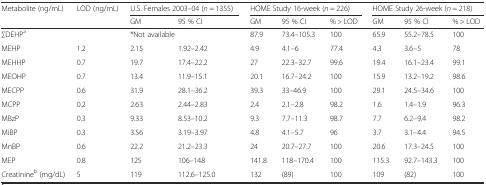
<table><thead><tr><td rowspan="2"><b>Metabolite (ng/mL)</b></td><td rowspan="2"><b>LOD (ng/mL)</b></td><td colspan="2"><b>U.S. Females 2003–04 (<i>n</i> = 1355)</b></td><td colspan="3"><b>HOME Study 16-week (<i>n</i> = 226)</b></td><td colspan="3"><b>HOME Study 26-week (<i>n</i> = 218)</b></td></tr><tr><td><b>GM</b></td><td><b>95 % CI</b></td><td><b>GM</b></td><td><b>95 % CI</b></td><td><b>% &gt; LOD</b></td><td><b>GM</b></td><td><b>95 % CI</b></td><td><b>% &gt; LOD</b></td></tr></thead><tbody><tr><td>∑DEHP<sup>a</sup></td><td></td><td colspan="2">*Not available</td><td>87.9</td><td>73.4–105.3</td><td>100</td><td>65.9</td><td>55.2–78.5</td><td>100</td></tr><tr><td>MEHP</td><td>1.2</td><td>2.15</td><td>1.92–2.42</td><td>4.9</td><td>4.1–6</td><td>77.4</td><td>4.3</td><td>3.6–5</td><td>78</td></tr><tr><td>MEHHP</td><td>0.7</td><td>19.7</td><td>17.4–22.2</td><td>27</td><td>22.3–32.7</td><td>99.6</td><td>19.4</td><td>16.1–23.4</td><td>99.1</td></tr><tr><td>MEOHP</td><td>0.7</td><td>13.4</td><td>11.9–15.1</td><td>20.1</td><td>16.7–24.2</td><td>100</td><td>15.9</td><td>13.2–19.2</td><td>98.6</td></tr><tr><td>MECPP</td><td>0.6</td><td>31.9</td><td>28.1–36.2</td><td>39.3</td><td>33–46.9</td><td>100</td><td>29.1</td><td>24.5–34.6</td><td>100</td></tr><tr><td>MCPP</td><td>0.2</td><td>2.63</td><td>2.44–2.83</td><td>2.4</td><td>2.1–2.8</td><td>98.2</td><td>1.6</td><td>1.4–1.9</td><td>96.3</td></tr><tr><td>MBzP</td><td>0.3</td><td>9.33</td><td>8.53–10.2</td><td>9.3</td><td>7.7–11.3</td><td>98.7</td><td>7.7</td><td>6.2–9.4</td><td>98.2</td></tr><tr><td>MiBP</td><td>0.3</td><td>3.56</td><td>3.19–3.97</td><td>4.8</td><td>4.1–5.7</td><td>96</td><td>3.7</td><td>3.1–4.4</td><td>94.5</td></tr><tr><td>MnBP</td><td>0.6</td><td>22.2</td><td>21.2–23.3</td><td>24</td><td>20.7–27.7</td><td>100</td><td>20.6</td><td>17.3–24.5</td><td>100</td></tr><tr><td>MEP</td><td>0.8</td><td>125</td><td>106–148</td><td>141.8</td><td>118–170.4</td><td>100</td><td>115.3</td><td>92.7–143.3</td><td>100</td></tr><tr><td>Creatinine<sup>b</sup> (mg/dL)</td><td>5</td><td>119</td><td>112.6–125.0</td><td>132</td><td>(89)</td><td>100</td><td>109</td><td>(82)</td><td>100</td></tr></tbody></table>